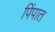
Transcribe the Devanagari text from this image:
पिंपात